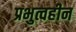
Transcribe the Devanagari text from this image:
प्रभुत्वहीन